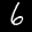
Label: 6